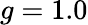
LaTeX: g=1.0